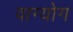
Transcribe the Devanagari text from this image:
वाग्योग